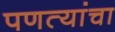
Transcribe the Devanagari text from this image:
पणत्यांचा